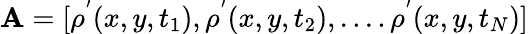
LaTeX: \mathbf{A}=[\rho^{'}(x,y,t_{1}),\rho^{'}(x,y,t_{2}),....\rho^{'}(x,y,t_{N})]